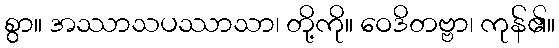
စွာ။ အဿာသပဿာသာ၊ တို့ကို။ ဝေဒိတဗ္ဗာ၊ ကုန်၏။